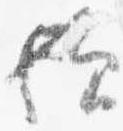
歟